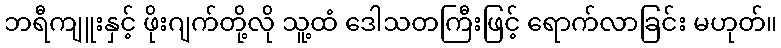
ဘရီကျူးနှင့် ဖိုးဂျက်တို့လို သူ့ထံ ဒေါသတကြီးဖြင့် ရောက်လာခြင်း မဟုတ်။